Scientific memoirs by medical officers of the Army of India - Part IX,
Year: 1895
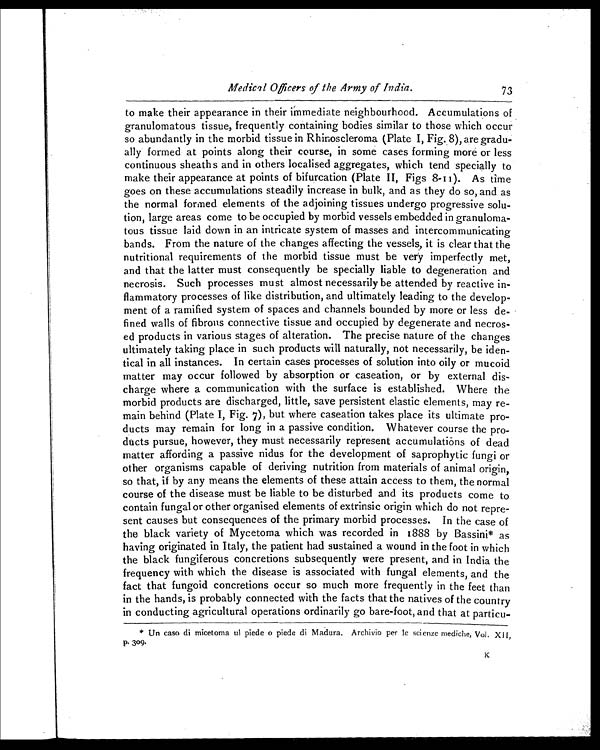
Medica1 Officers of the Army of India.
73
to make their appearance in their immediate neighbourhood. Accumulations of
granulomatous tissue, frequently containing bodies similar to those which occur
so abundantly in the morbid tissue in Rhinoscleroma (Plate I, Fig. 8), are gradu-
ally formed at points along their course, in some cases forming more or less
continuous sheaths and in others localised aggregates, which tend specially to
make their appearance at points of bifurcation (Plate II, Figs 8-11). As time
goes on these accumulations steadily increase in bulk, and as they do so, and as
the normal formed elements of the adjoining tissues undergo progressive solu-
tion, large areas come to be occupied by morbid vessels embedded in granuloma-
tous tissue laid down in an intricate system of masses and intercommunicating
bands. From the nature of the changes affecting the vessels, it is clear that the
nutritional requirements of the morbid tissue must be very imperfectly met,
and that the latter must consequently be specially liable to degeneration and
necrosis. Such processes must almost necessarily be attended by reactive in-
flammatory processes of like distribution, and ultimately leading to the develop-
ment of a ramified system of spaces and channels bounded by more or less de-
fined walls of fibrous connective tissue and occupied by degenerate and necros-
ed products in various stages of alteration. The precise nature of the changes
ultimately taking place in such products will naturally, not necessarily, be iden-
tical in all instances. In certain cases processes of solution into oily or mucoid
matter may occur followed by absorption or caseation, or by external dis-
charge where a communication with the surface is established. Where the
morbid products are discharged, little, save persistent elastic elements, may re-
main behind (Plate I, Fig. 7), but where caseation takes place its ultimate pro-
ducts may remain for long in a passive condition. Whatever course the pro-
ducts pursue, however, they must necessarily represent accumulations of dead
matter affording a passive nidus for the development of saprophytic fungi or
other organisms capable of deriving nutrition from materials of animal origin,
so that, if by any means the elements of these attain access to them, the normal
course of the disease must be liable to be disturbed and its products come to
contain fungal or other organised elements of extrinsic origin which do not repre-
sent causes but consequences of the primary morbid processes. In the case of
the black variety of Mycetoma which was recorded in 1888 by Bassini* as
having originated in Italy, the patient had sustained a wound in the foot in which
the black fungiferous concretions subsequently were present, and in India the
frequency with which the disease is associated with fungal elements, and the
fact that fungoid concretions occur so much more frequently in the feet than
in the hands, is probably connected with the facts that the natives of the country
in conducting agricultural operations ordinarily go bare-foot, and that at particu-
* Un caso di micetoma ul piede o piede di Madura, Archivio per le scienze mediche, Vol. XII,
p. 309.